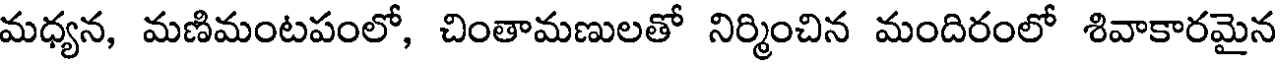
మధ్యన, మణిమంటపంలో, చింతామణులతో నిర్మించిన మందిరంలో శివాకారమైన